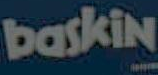
baskin